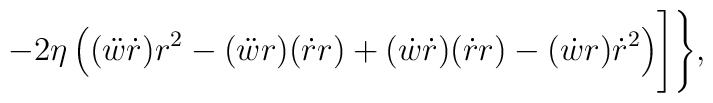
-2\eta\left((\ddot w \dot r)r^2-(\ddot w r)(\dot r r)+(\dot w\dot r)(\dot r r)-(\dot w r)\dot r^2\right)\Biggr]\Biggr\},